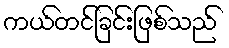
ကယ်တင်ခြင်းဖြစ်သည်